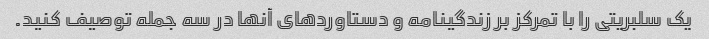
یک سلبریتی را با تمرکز بر زندگینامه و دستاوردهای آنها در سه جمله توصیف کنید.